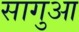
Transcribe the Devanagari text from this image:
सागुआ